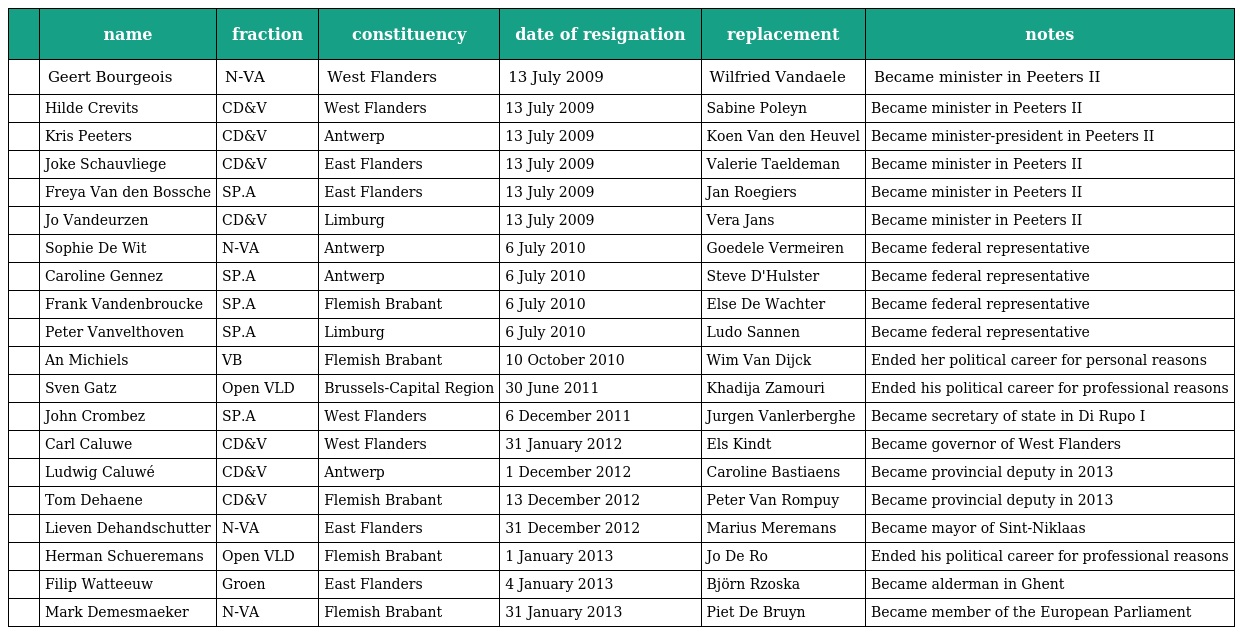
|  | name | fraction | constituency | date of resignation | replacement | notes |
 | --- | --- | --- | --- | --- | --- | --- |
 |  | Geert Bourgeois | N-VA | West Flanders | 13 July 2009 | Wilfried Vandaele | Became minister in Peeters II |
 |  | Hilde Crevits | CD&V | West Flanders | 13 July 2009 | Sabine Poleyn | Became minister in Peeters II |
 |  | Kris Peeters | CD&V | Antwerp | 13 July 2009 | Koen Van den Heuvel | Became minister-president in Peeters II |
 |  | Joke Schauvliege | CD&V | East Flanders | 13 July 2009 | Valerie Taeldeman | Became minister in Peeters II |
 |  | Freya Van den Bossche | SP.A | East Flanders | 13 July 2009 | Jan Roegiers | Became minister in Peeters II |
 |  | Jo Vandeurzen | CD&V | Limburg | 13 July 2009 | Vera Jans | Became minister in Peeters II |
 |  | Sophie De Wit | N-VA | Antwerp | 6 July 2010 | Goedele Vermeiren | Became federal representative |
 |  | Caroline Gennez | SP.A | Antwerp | 6 July 2010 | Steve D'Hulster | Became federal representative |
 |  | Frank Vandenbroucke | SP.A | Flemish Brabant | 6 July 2010 | Else De Wachter | Became federal representative |
 |  | Peter Vanvelthoven | SP.A | Limburg | 6 July 2010 | Ludo Sannen | Became federal representative |
 |  | An Michiels | VB | Flemish Brabant | 10 October 2010 | Wim Van Dijck | Ended her political career for personal reasons |
 |  | Sven Gatz | Open VLD | Brussels-Capital Region | 30 June 2011 | Khadija Zamouri | Ended his political career for professional reasons |
 |  | John Crombez | SP.A | West Flanders | 6 December 2011 | Jurgen Vanlerberghe | Became secretary of state in Di Rupo I |
 |  | Carl Caluwe | CD&V | West Flanders | 31 January 2012 | Els Kindt | Became governor of West Flanders |
 |  | Ludwig Caluwé | CD&V | Antwerp | 1 December 2012 | Caroline Bastiaens | Became provincial deputy in 2013 |
 |  | Tom Dehaene | CD&V | Flemish Brabant | 13 December 2012 | Peter Van Rompuy | Became provincial deputy in 2013 |
 |  | Lieven Dehandschutter | N-VA | East Flanders | 31 December 2012 | Marius Meremans | Became mayor of Sint-Niklaas |
 |  | Herman Schueremans | Open VLD | Flemish Brabant | 1 January 2013 | Jo De Ro | Ended his political career for professional reasons |
 |  | Filip Watteeuw | Groen | East Flanders | 4 January 2013 | Björn Rzoska | Became alderman in Ghent |
 |  | Mark Demesmaeker | N-VA | Flemish Brabant | 31 January 2013 | Piet De Bruyn | Became member of the European Parliament |